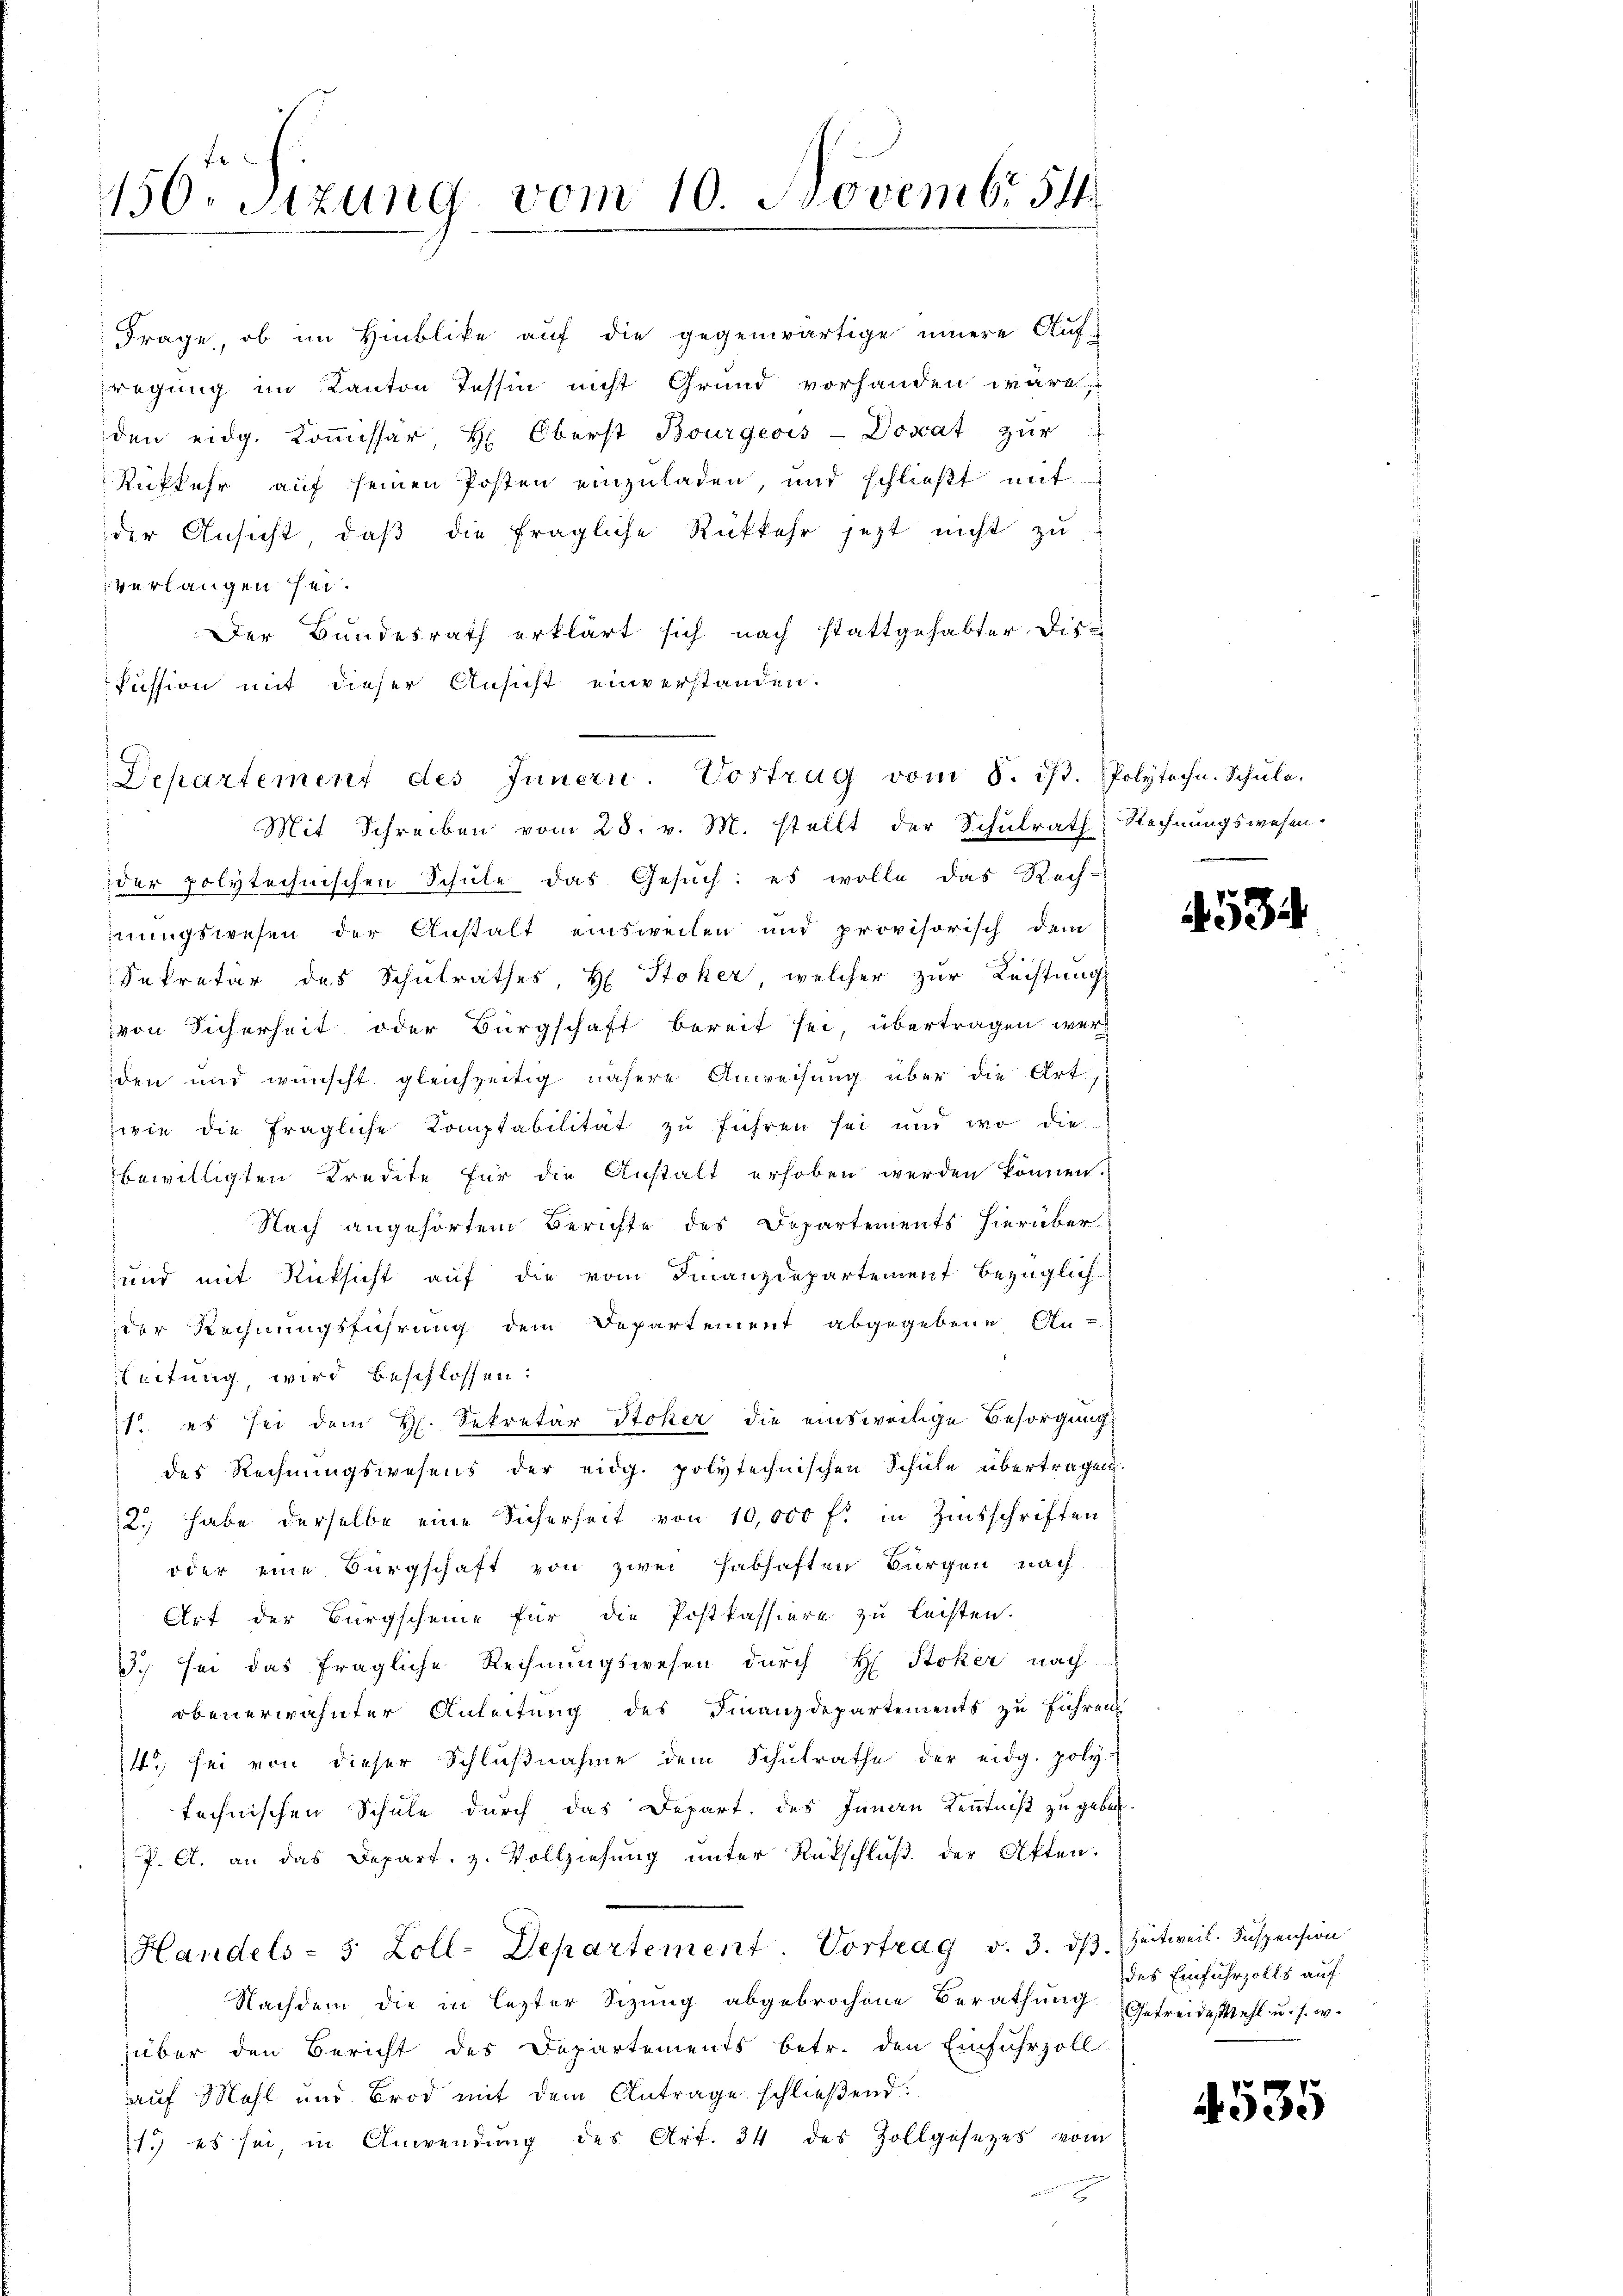
150. Sizung vom 10. Novembr 54

Frage, ob im Hinblike auf die gegenwärtige innere Aufregung im Kanton Tessin nicht Grund vorhanden wäre
den eidg. Koṁissär, H. Oberst Bourgeois-Doscat zŭr
Rükkehr auf seinen Posten einzuladen, und schließt mit
der Ansicht, daβ die fragliche Rückkehr jetzt nicht zu
verlangen sei.
Der Bundesrath erklärt sich nach stattgehabter Dis-
Pussion mit dieser Ansicht einverstanden.
Mit Schreiben vom 28. v. M. stellt der Schulrath; Rechnungswesen.
der polytechnischen Schule das Gesuch: es wolle das Rech-
nungswesen der Anstalt einsweilen und provisorisch dem
Sekretär des Schulrathes H Stoker, welcher zur Rechtung
von Sicherheit oder Bürgschaft bereit sei, übertragen werd
den und wünscht gleichzeitig nähere Anweisung über die Art,
wie die fragliche Komptabilität zu führen sei und wo die
bewilligten Kredite für die Anstalt erhoben werden können.
Nach angehörten Berichte des Dopartements hierüber
und mit Rücksicht auf die vom Finanzdepartement bezüglich-
der Rechnungsführung dem Departement abgegebene An-
leitung, wird beschlossen:
1. es sei dem H. Sekretär Stoker die einsweilige Besorgung
des Rechnungswesens der eidg. polytechnischen Schule übertragen.
2. habe derselbe eine Sicherheit von 10,000 fl. in Zinsschriften
oder eine Bürgschaft von zwei Habhaften Bürgen nach
Art der Bürgscheine für die Postkassiere zu leisten.
3.) Sei das fragliche Rechnungswesen durch H. Stoker nach
obenerwähnter Anleitung des Finanzdepartements zu führen
4., sei von dieser Schlußnahme dem Schulrathe der eidg. poly-
technischen Schule durch das Depart. des Innau Kenntniß zu geben.
P. A. an das Depart. z. Vollziehung unter Rückschluß der Akten.
Handels- 5 Zoll-Departement. Vortrag v. 3. dβ zeitweil. Suspension
Nachdem die in lezter Sizung abgebrochene Berathung. Getreidestehl u. s. w.
über den Bericht des Departements betr. den Einfuhrzoll
auf Mahl und Brod mit dem Antrage schließend:
1. es sei, in Anwendung des Art. 34 des Zollgesetzes vom
E

Departement des Innern. Vortrag vom 8. dβ. Polytechn. Schŭle.

.

534

des Einfuhrzolls auf

4535